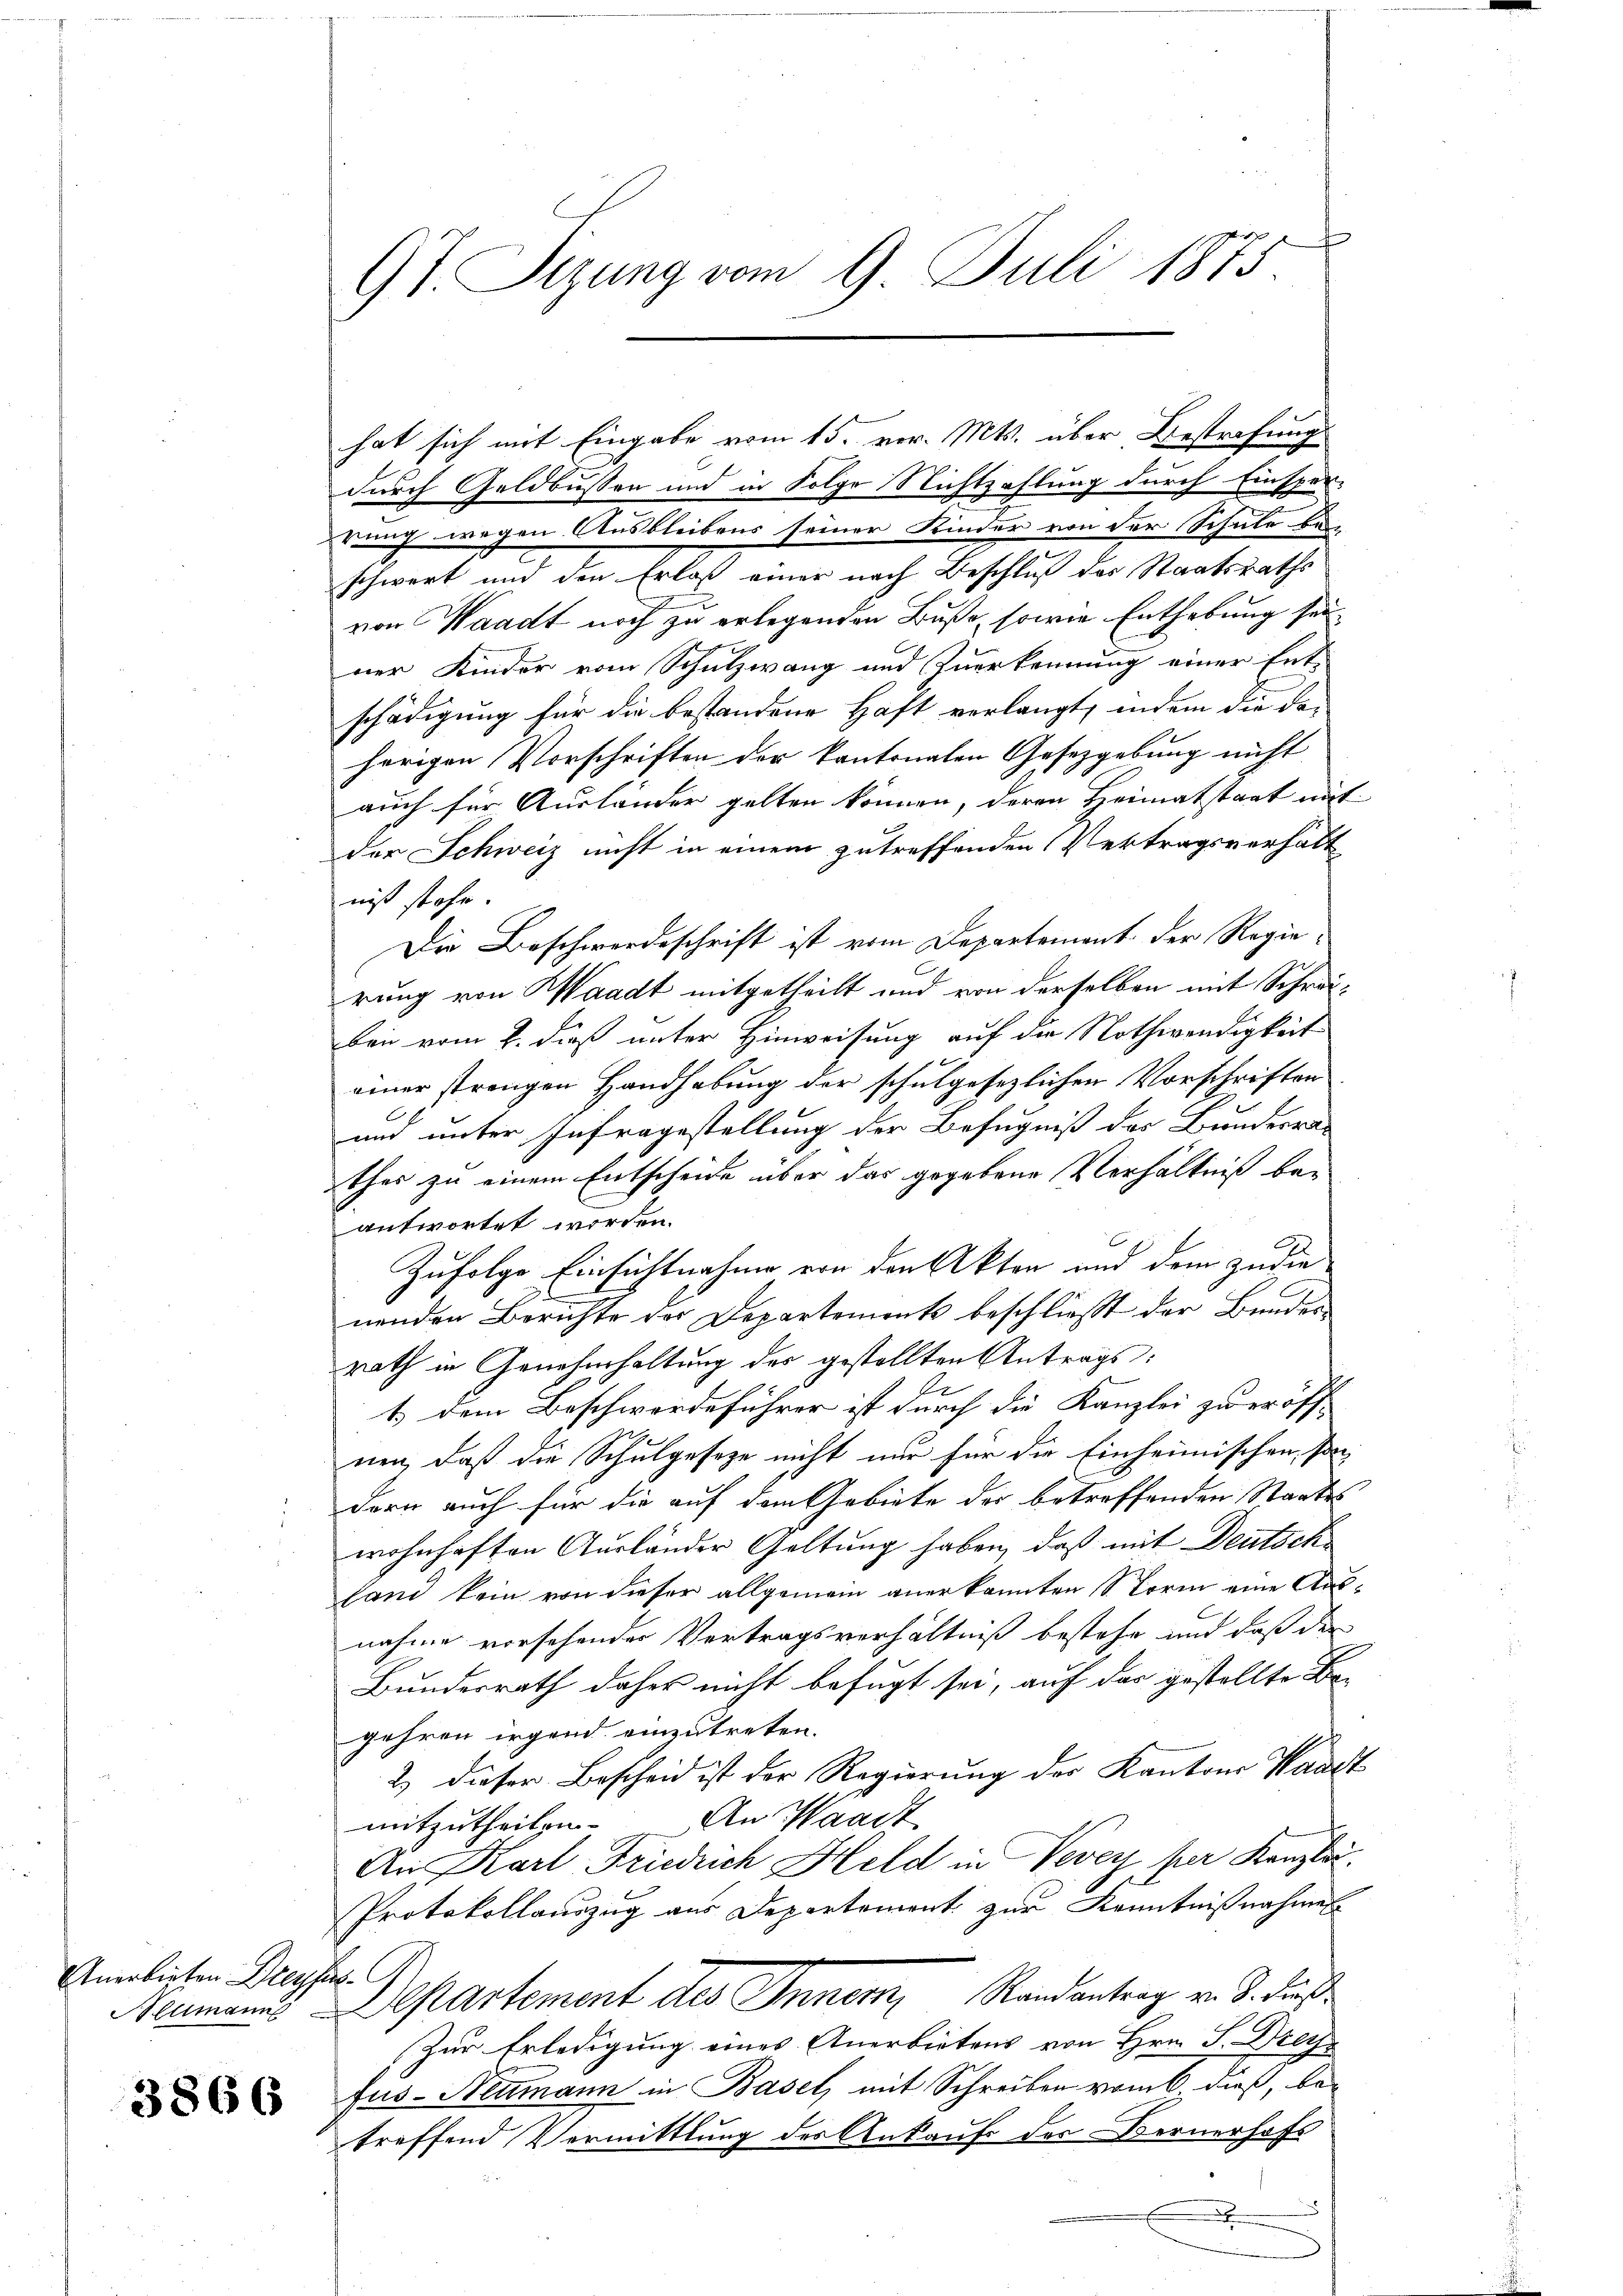
Anerbieten Dreyfus

hat sich mit Eingabe vom 15. vor. Mts. über Bestrafung
durch Geldbussen und in Folge Nichtzahlung durch Einsper-
erung wegen Ausbleibens seiner Kinder von der Schule bei-
schwert und den Erlaß einer nach Beschluß des Staatsraths
von Waadt noch zu erlegenden Buße, sowie Enthebung sei
ner Kinder vom Schulzwang und Zuerkennung einer Ent-
schädigung für die bestandene Haft verlangt, indem die da-
herigen Vorschriften der kantonalen Gesetzgebung nicht
auch für Ausländer gelten können, deren Heimatstaat mit
der Schweiz nicht in einem zutreffenden Vertragsverhält
niß stehe
Die Beschwerdeschrift ist vom Departement der Regierung von Waadt mitgetheilt und von derselben mit Schreibei vom 2. dieß unter Hinweisung auf die Nothwendigkeit
einer strengen Handhabung der schulgesezlichen Vorschriften
und unter Infragestellung der Befugniß der Bundesrat
thes zu einem Entscheide über das gegebene Verhältniß beantwortet worden.
Zufolge Einsichtnahme von den Akten und dem zu die
nenden Berichte der Departements beschließt der Bruderrath in Genehmhaltung des gestellten Antrags¬
1.) dem Beschwerdeführer ist durch die Kanzlei zu eröff
nen, daß die Schulgeseze nicht nur für die Einheimischen, so
dern auch für die auf dem Gebiete der betreffenden Staatswohnhaften Ausländer Geltung haben, daß mit Deutsch
land kein von dieser allgemein anerkannten Storm eine Ausnahme vorsehender Vertragsverhältniß bestehe und daß der
Bundesrath daher nicht befugt sei, auf das gestellte Begehren irgend einzutreten.
2) dieser Bescheid ist der Regierung der Kantons Waadt
An Waadt.
mitzutheilen.
An Karl Friedrich Held in Vevey per Kanzli.
Protokollauszug aus Departement zur Kenntnißnahmen
ammanns Departement des Innem, Randantrag v. 8. dieß¬
Zur Erledigung eines Anerbietens von Hrn. J. Dreif
fus-Neumann in Basel, mit Schreiben vom 6 dieß, betreffend Vermittlung des Ankaufs der Bernerhofs
E

97. Sizung vom 9. Juli 1875